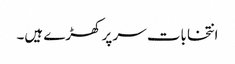
انتخابات سر پر کھڑے ہیں۔